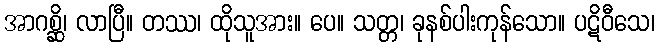
အာဂစ္ဆိ၊ လာပြီ။ တဿ၊ ထိုသူအား။ ပေ။ သတ္တ၊ ခုနစ်ပါးကုန်သော။ ပဋိဝီသေ၊